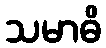
သမာဓိ